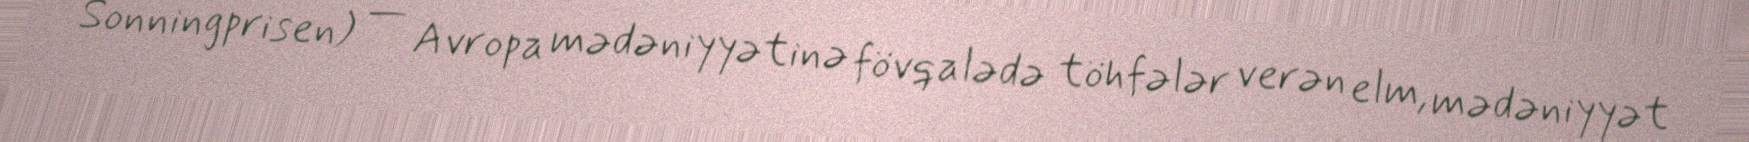
Sonningprisen) — Avropa mədəniyyətinə fövqalədə töhfələr verən elm, mədəniyyət